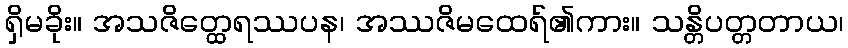
ရှိမခိုး။ အသဇိတ္ထေရဿပန၊ အဿဇိမထေရ်၏ကား။ သန္တိပတ္တတာယ၊